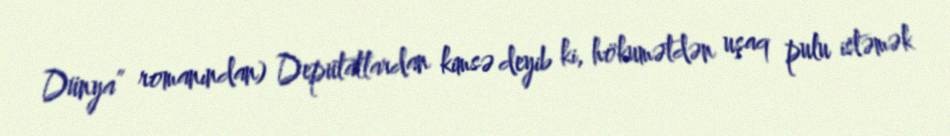
Dünya” romanından) Deputatlardan kimsə deyib ki, hökumətdən uşaq pulu istəmək